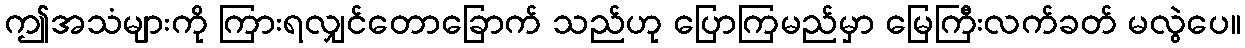
ဤအသံများကို ကြားရလျှင်တောခြောက် သည်ဟု ပြောကြမည်မှာ မြေကြီးလက်ခတ် မလွဲပေ။